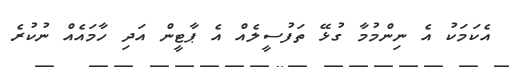
އެކަމަކު އެ ނިންމުމާ ގުޅޭ ތަފުސީލެއް އެ ޕާޓީން އަދި ހާމައެއް ނުކުރެ